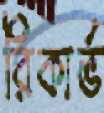
রিকার্ভ